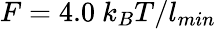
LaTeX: F=4.0~k_{B}T/l_{min}